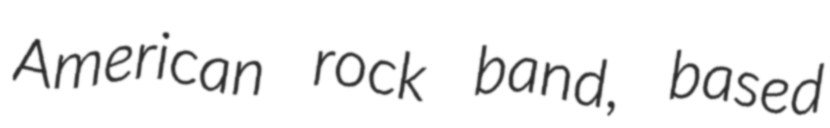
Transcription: American rock band, based